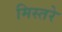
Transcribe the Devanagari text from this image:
मिस्तरे